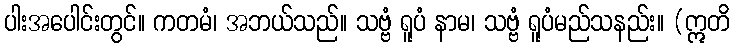
ပါးအပေါင်းတွင်။ ကတမံ၊ အဘယ်သည်။ သဗ္ဗံ ရူပံ နာမ၊ သဗ္ဗံ ရူပံမည်သနည်း။ (ဣတိ